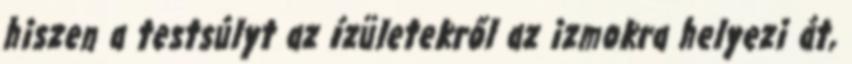
hiszen a testsúlyt az ízületekről az izmokra helyezi át,